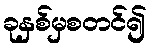
ခုနှစ်မှစတင်၍